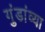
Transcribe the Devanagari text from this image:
गुंडांव्या